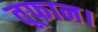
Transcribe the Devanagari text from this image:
तूफान।